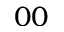
0 0